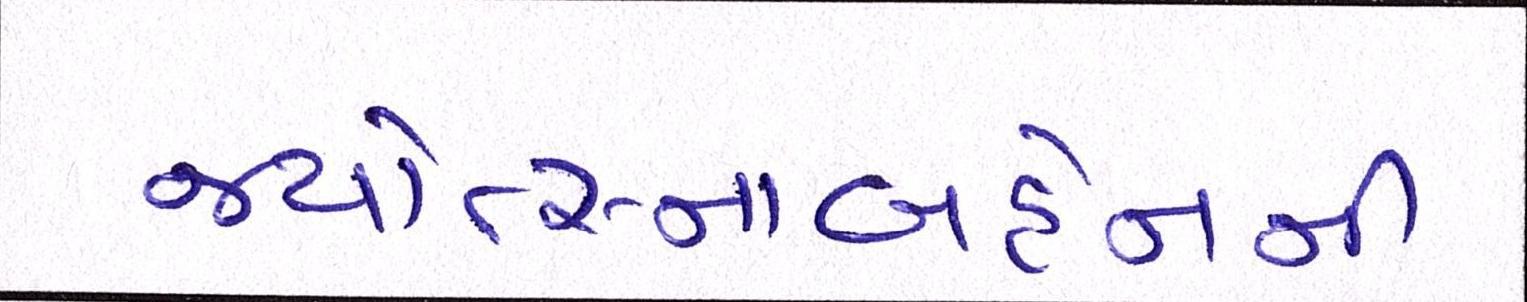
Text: જ્યોત્સ્નાબહેનની